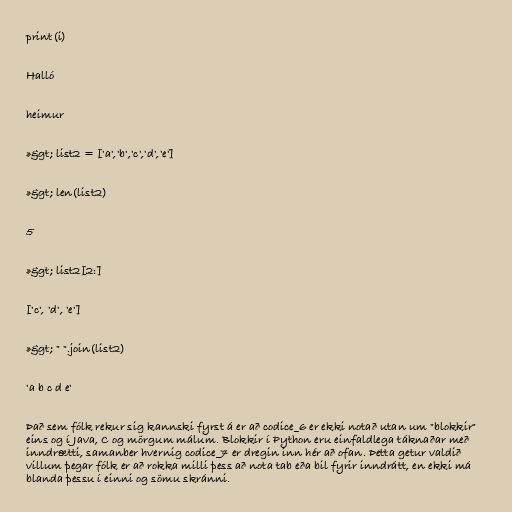
print(i)

Halló

heimur

»&gt; list2 = ['a','b','c','d','e']

»&gt; len(list2)

5

»&gt; list2[2:]

['c', 'd', 'e']

»&gt; " ".join(list2)

'a b c d e'

Það sem fólk rekur sig kannski fyrst á er að codice_6 er ekki notað utan um "blokkir"
eins og í Java, C og mörgum málum. Blokkir í Python eru einfaldlega táknaðar með
inndrætti, samanber hvernig codice_7 er dregin inn hér að ofan. Þetta getur valdið
villum þegar fólk er að rokka milli þess að nota tab eða bil fyrir inndrátt, en ekki má
blanda þessu í einni og sömu skránni.